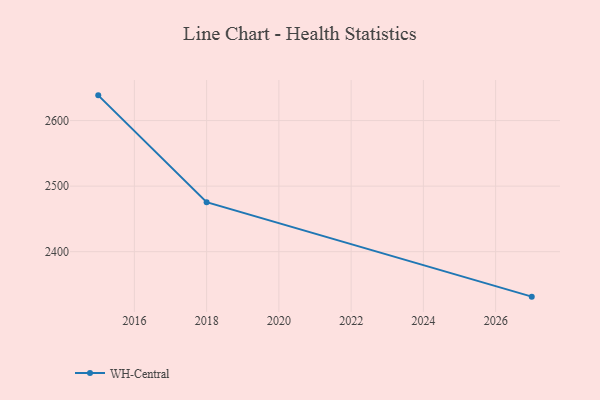
{"axis": {"x": "Year", "y": "Budget (USD K)"}, "legend": ["WH-Central"], "data": [{"x": "2015", "y": 2638.5, "type": "WH-Central"}, {"x": "2018", "y": 2475.6, "type": "WH-Central"}, {"x": "2027", "y": 2331.4, "type": "WH-Central"}]}